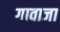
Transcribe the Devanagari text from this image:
गावाजा